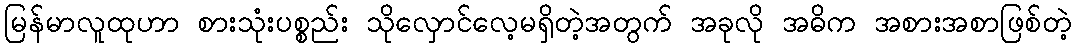
မြန်မာလူထုဟာ စားသုံးပစ္စည်း သိုလှောင်လေ့မရှိတဲ့အတွက် အခုလို အဓိက အစားအစာဖြစ်တဲ့